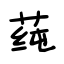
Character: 莼